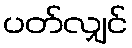
ပတ်လျှင်